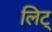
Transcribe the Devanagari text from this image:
लिट्‌